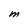
Character: M